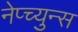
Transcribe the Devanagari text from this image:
नेप्च्युन्स